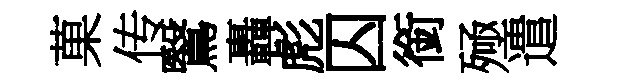
菓传鷖轟彪囚銜殛遣